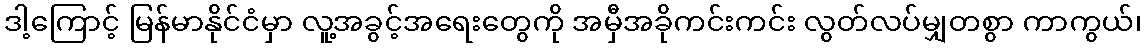
ဒါ့ကြောင့် မြန်မာနိုင်ငံမှာ လူ့အခွင့်အရေးတွေကို အမှီအခိုကင်းကင်း လွတ်လပ်မျှတစွာ ကာကွယ်၊